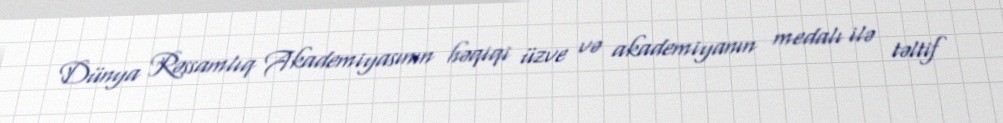
Dünya Rəssamlıq Akademiyasının həqiqi üzve və akademiyanın medalı ilə təltif